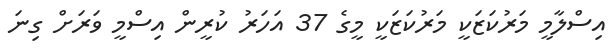
އިސްލާމީ މަރުކަޒަކީ މަރުކަޒަކީ މީގެ 37 އަހަރު ކުރީން އިސްމީ ވަރަށް ގިނަ